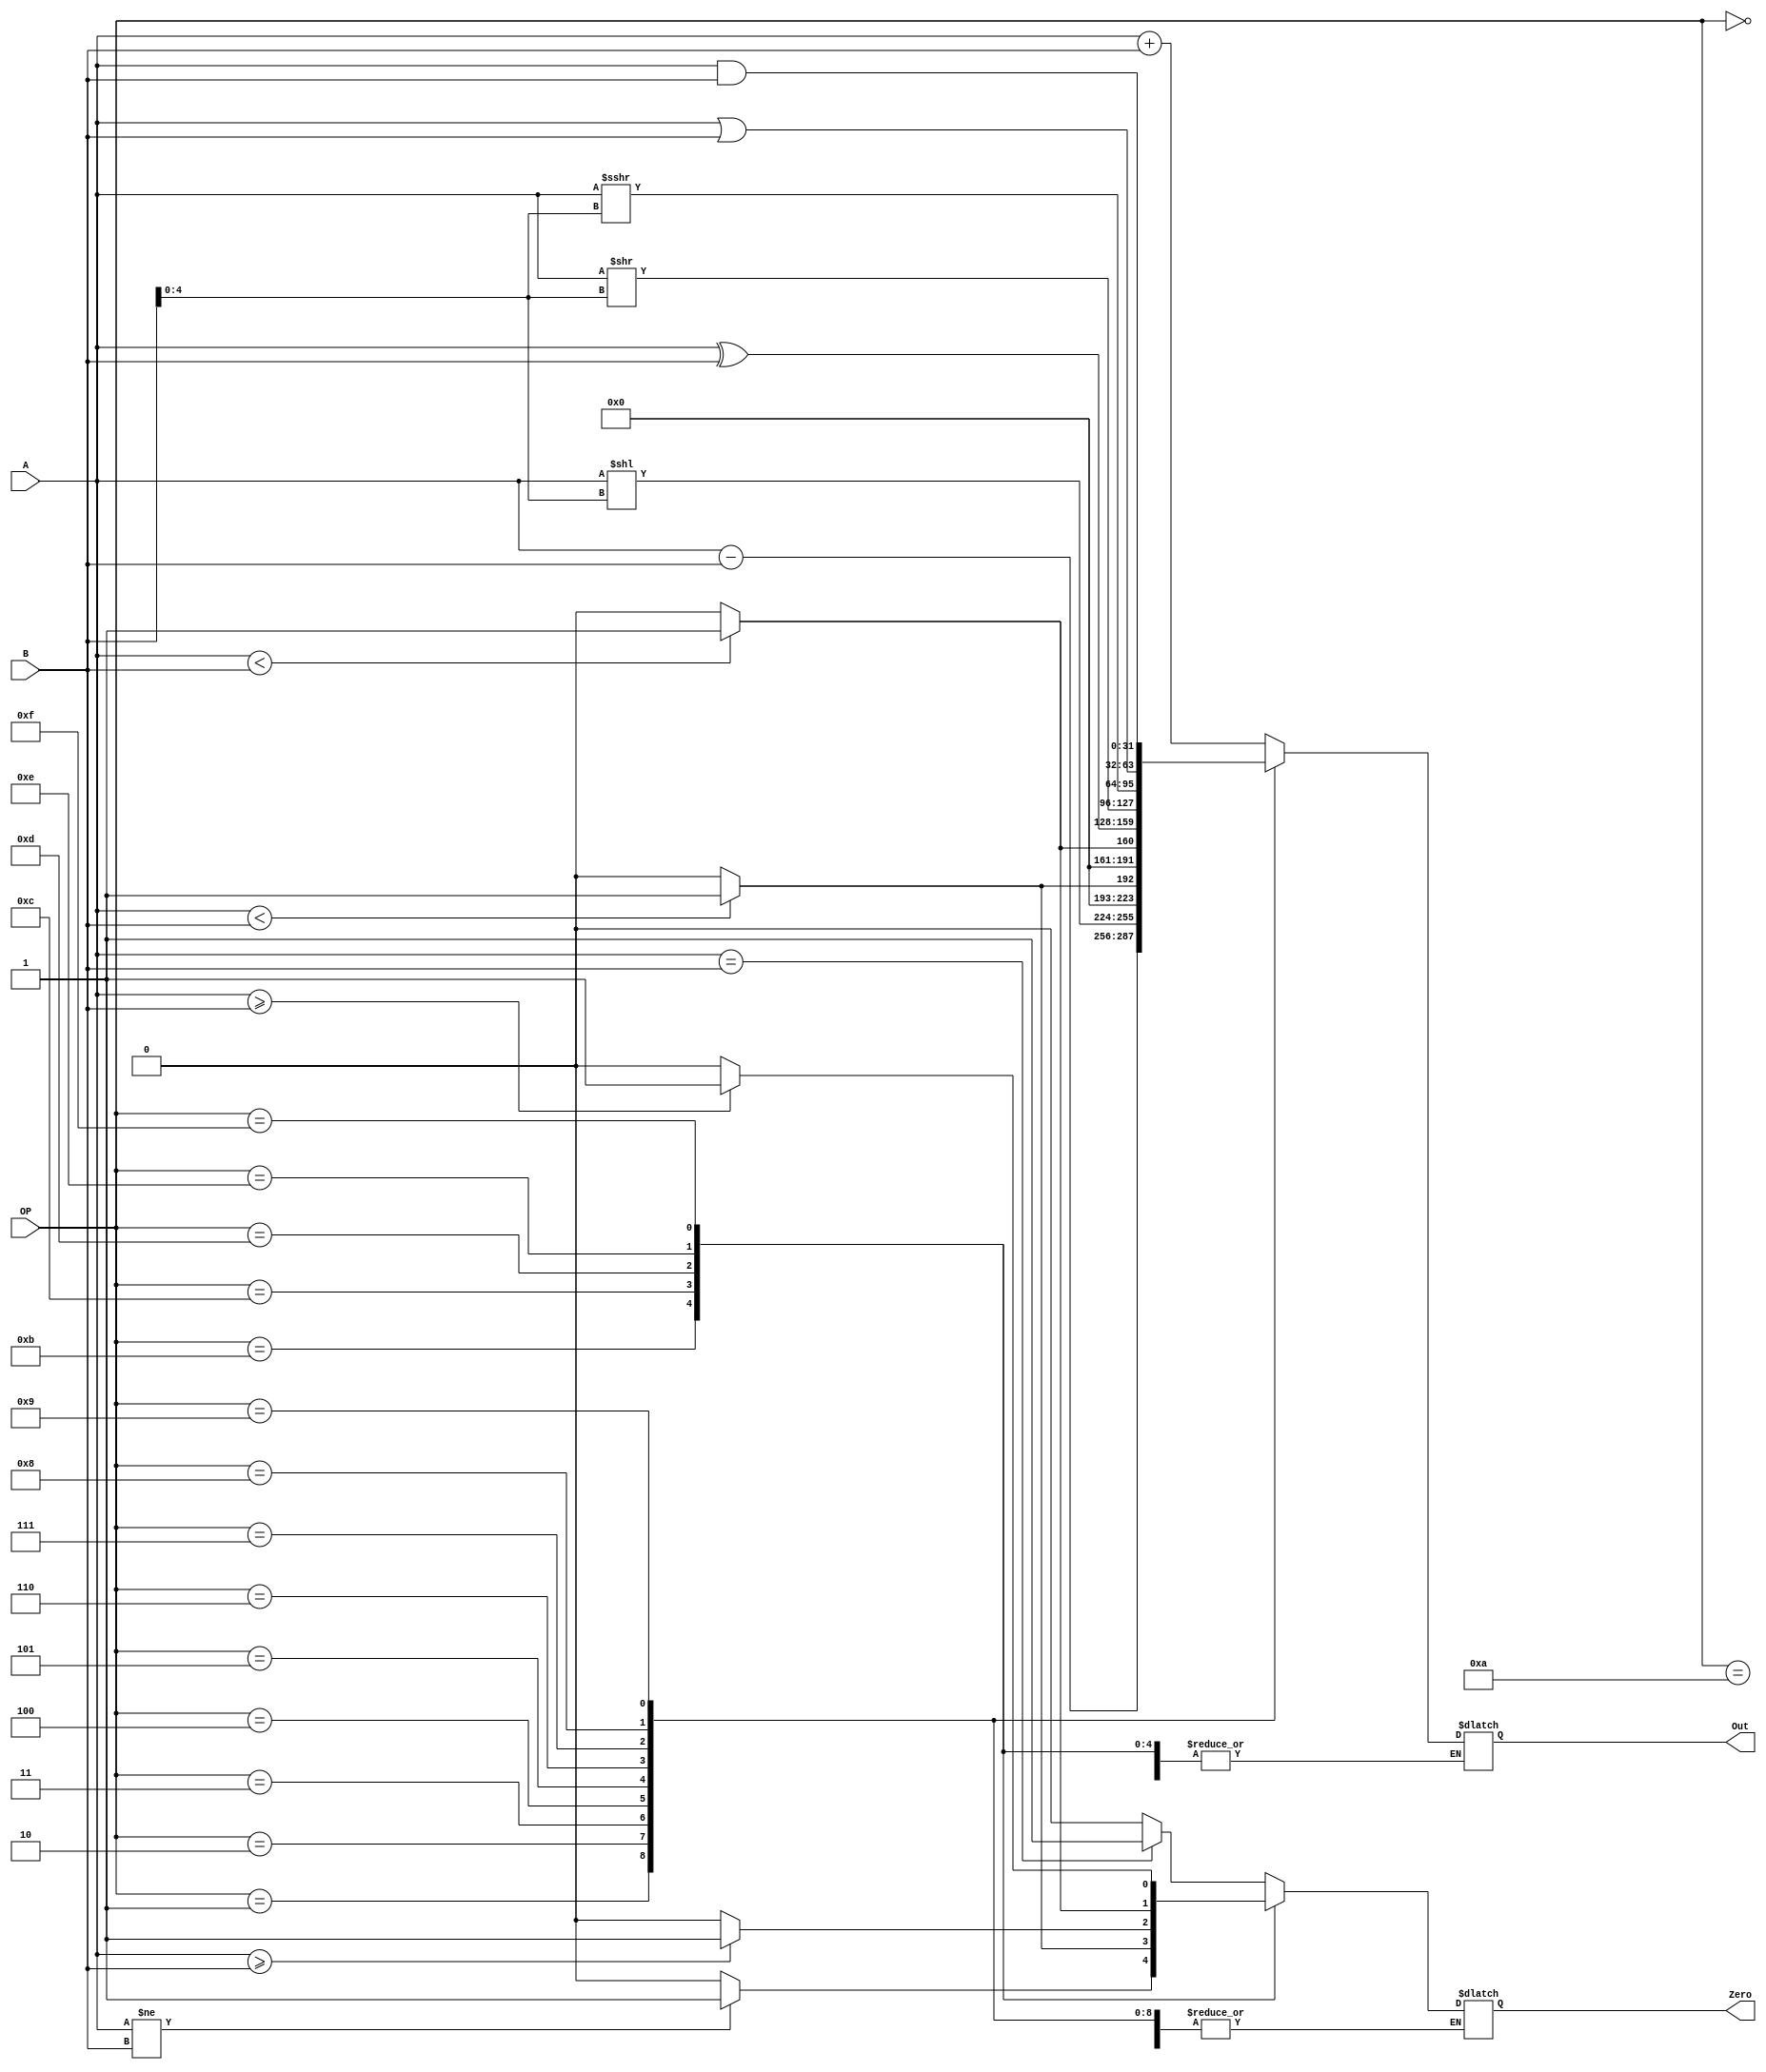
module ALU (
    input wire [3:0] OP,
    input wire [31:0] A,
    input wire [31:0] B,

    output wire [31:0] Out,
	 output wire Zero
);

    reg [31:0] Kout;
	 reg _ZERO;
	 assign Out = Kout;
	 assign Zero = _ZERO;

    initial begin
        Kout = 0;
		  _ZERO = 0;
    end

    always @ (*) begin

		case (OP)

				//add
            4'b0000: Kout = A + B;
            
				//sub
            4'b0001: Kout = A - B;
            
            //sll
            4'b0010: Kout = A << B[4:0];

            //slt
            4'b0011: begin
                if ($signed(A) < $signed(B)) Kout = 1;
                else Kout = 0;
            end

            //stlu
            4'b0100: begin
                if (A < B) Kout = 1;
                else Kout = 0;
            end

            //xor
            4'b0101: Kout = A^B;
            
            //srl
            4'b0110: Kout = A >> B[4:0];

            //sra
            4'b0111: Kout = A >>> B[4:0];
            
            //or
            4'b1000: Kout = A|B;

            //and
            4'b1001: Kout = A&B;
            
            //beq
            4'b1010: begin
                if (A == B) _ZERO = 1;
					 else _ZERO = 0;
				end

            //bne
            4'b1011: begin
                if (A != B) _ZERO = 1;
					 else _ZERO = 0;
            end

            //blt
            4'b1100: begin
                if ($signed(A) < $signed(B)) _ZERO = 1;
					 else _ZERO = 0;
            end

            //bge
            4'b1101: begin
                if ($signed(A) >= $signed(B)) _ZERO = 1;
					 else _ZERO = 0;
				end

            //bltu
            4'b1110: begin
                if (A < B) _ZERO = 1;
					 else _ZERO = 0;
            end

            //bgeu
            4'b1111: begin
                if(A >= B) _ZERO = 1;
					 else _ZERO = 0;
            end

            default: Kout = 0;
			
			endcase
			
	end
endmodule